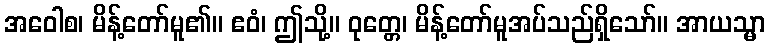
အဝေါစ၊ မိန့်တော်မူ၏။ ဧဝံ၊ ဤသို့။ ဝုတ္တေ၊ မိန့်တော်မူအပ်သည်ရှိသော်။ အာယသ္မာ